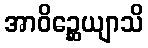
အာဝိဉ္ဆေယျာသိ